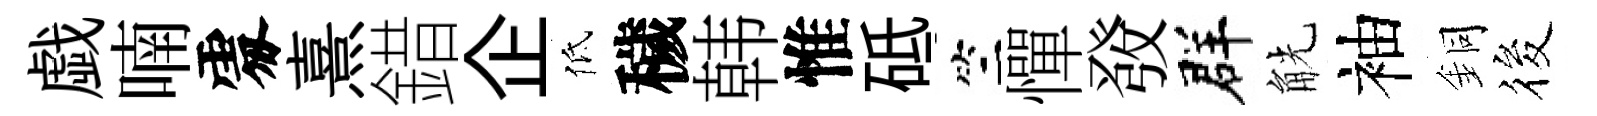
戯喃𠁅熹錯企低穢韩惟砥竺憚𤼲群觥袖銅筱